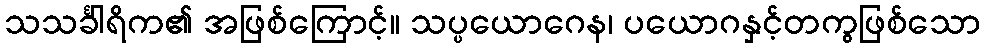
သသင်္ခါရိက၏ အဖြစ်ကြောင့်။ သပ္ပယောဂေန၊ ပယောဂနှင့်တကွဖြစ်သော